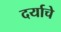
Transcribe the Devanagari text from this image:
दर्याचे